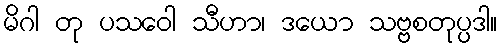
မိဂါ တု ပသဝေါ သီဟာ၊ ဒယော သဗ္ဗစတုပ္ပဒါ။